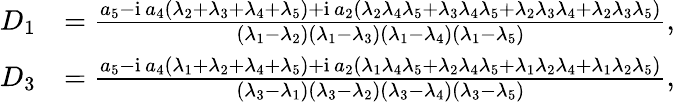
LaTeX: \begin{array}{rl}{D_{1}}&{=\frac{a_{5}-\mathrm{i}\, a_{4}(\lambda_{2}+\lambda_{3}+\lambda_{4}+\lambda_{5})+\mathrm{i}\, a_{2}(\lambda_{2}\lambda_{4}\lambda_{5}+\lambda_{3}\lambda_{4}\lambda_{5}+\lambda_{2}\lambda_{3}\lambda_{4}+\lambda_{2}\lambda_{3}\lambda_{5})}{(\lambda_{1}-\lambda_{2})(\lambda_{1}-\lambda_{3})(\lambda_{1}-\lambda_{4})(\lambda_{1}-\lambda_{5})},}\\ {D_{3}}&{=\frac{a_{5}-\mathrm{i}\, a_{4}(\lambda_{1}+\lambda_{2}+\lambda_{4}+\lambda_{5})+\mathrm{i}\, a_{2}(\lambda_{1}\lambda_{4}\lambda_{5}+\lambda_{2}\lambda_{4}\lambda_{5}+\lambda_{1}\lambda_{2}\lambda_{4}+\lambda_{1}\lambda_{2}\lambda_{5})}{(\lambda_{3}-\lambda_{1})(\lambda_{3}-\lambda_{2})(\lambda_{3}-\lambda_{4})(\lambda_{3}-\lambda_{5})},}\end{array}